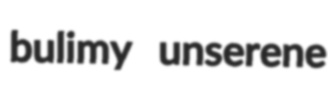
bulimy unserene